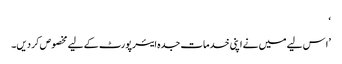
‘
’ا س لیے میں نے اپنی خدمات جدہ ایئرپورٹ کے لیے مخصوص کر دیں۔